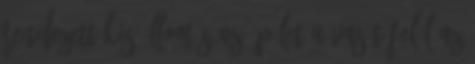
rendezett kis állomás Az épület a vasút felől Az